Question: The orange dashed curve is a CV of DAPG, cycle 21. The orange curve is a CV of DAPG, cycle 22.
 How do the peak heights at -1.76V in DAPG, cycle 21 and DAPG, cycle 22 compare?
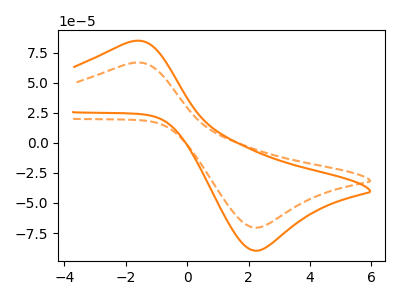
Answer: <think>The orange dashed curve "DAPG, cycle 21" has an anodic peak at (-1.75V, 66.50uA) and a cathodic peak at (2.30V, -70.50uA). The orange curve "DAPG, cycle 22" has an anodic peak at (-1.75V, 84.55uA) and a cathodic peak at (2.30V, -89.65uA).</think>
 <answer>The peak at -1.76V is lower in "DAPG, cycle 21" than in "DAPG, cycle 22".</answer>
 <eval>lower</eval>